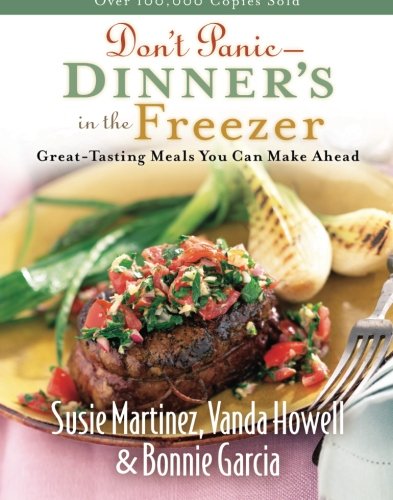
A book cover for Don't Panic - Dinner's in the Freezer: Great-Tasting Meals You Can Make Ahead; Susie Martinez; Cookbooks, Food & Wine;